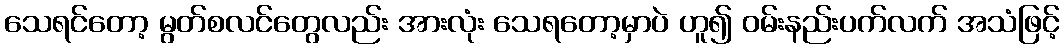
သေရင်တော့ မွတ်စလင်တွေလည်း အားလုံး သေရတော့မှာပဲ ဟူ၍ ဝမ်းနည်းပက်လက် အသံဖြင့်